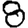
Digit: 8